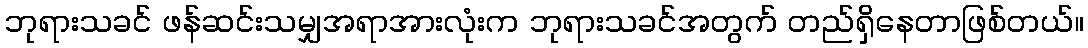
ဘုရားသခင် ဖန်ဆင်းသမျှအရာအားလုံးက ဘုရားသခင်အတွက် တည်ရှိနေတာဖြစ်တယ်။